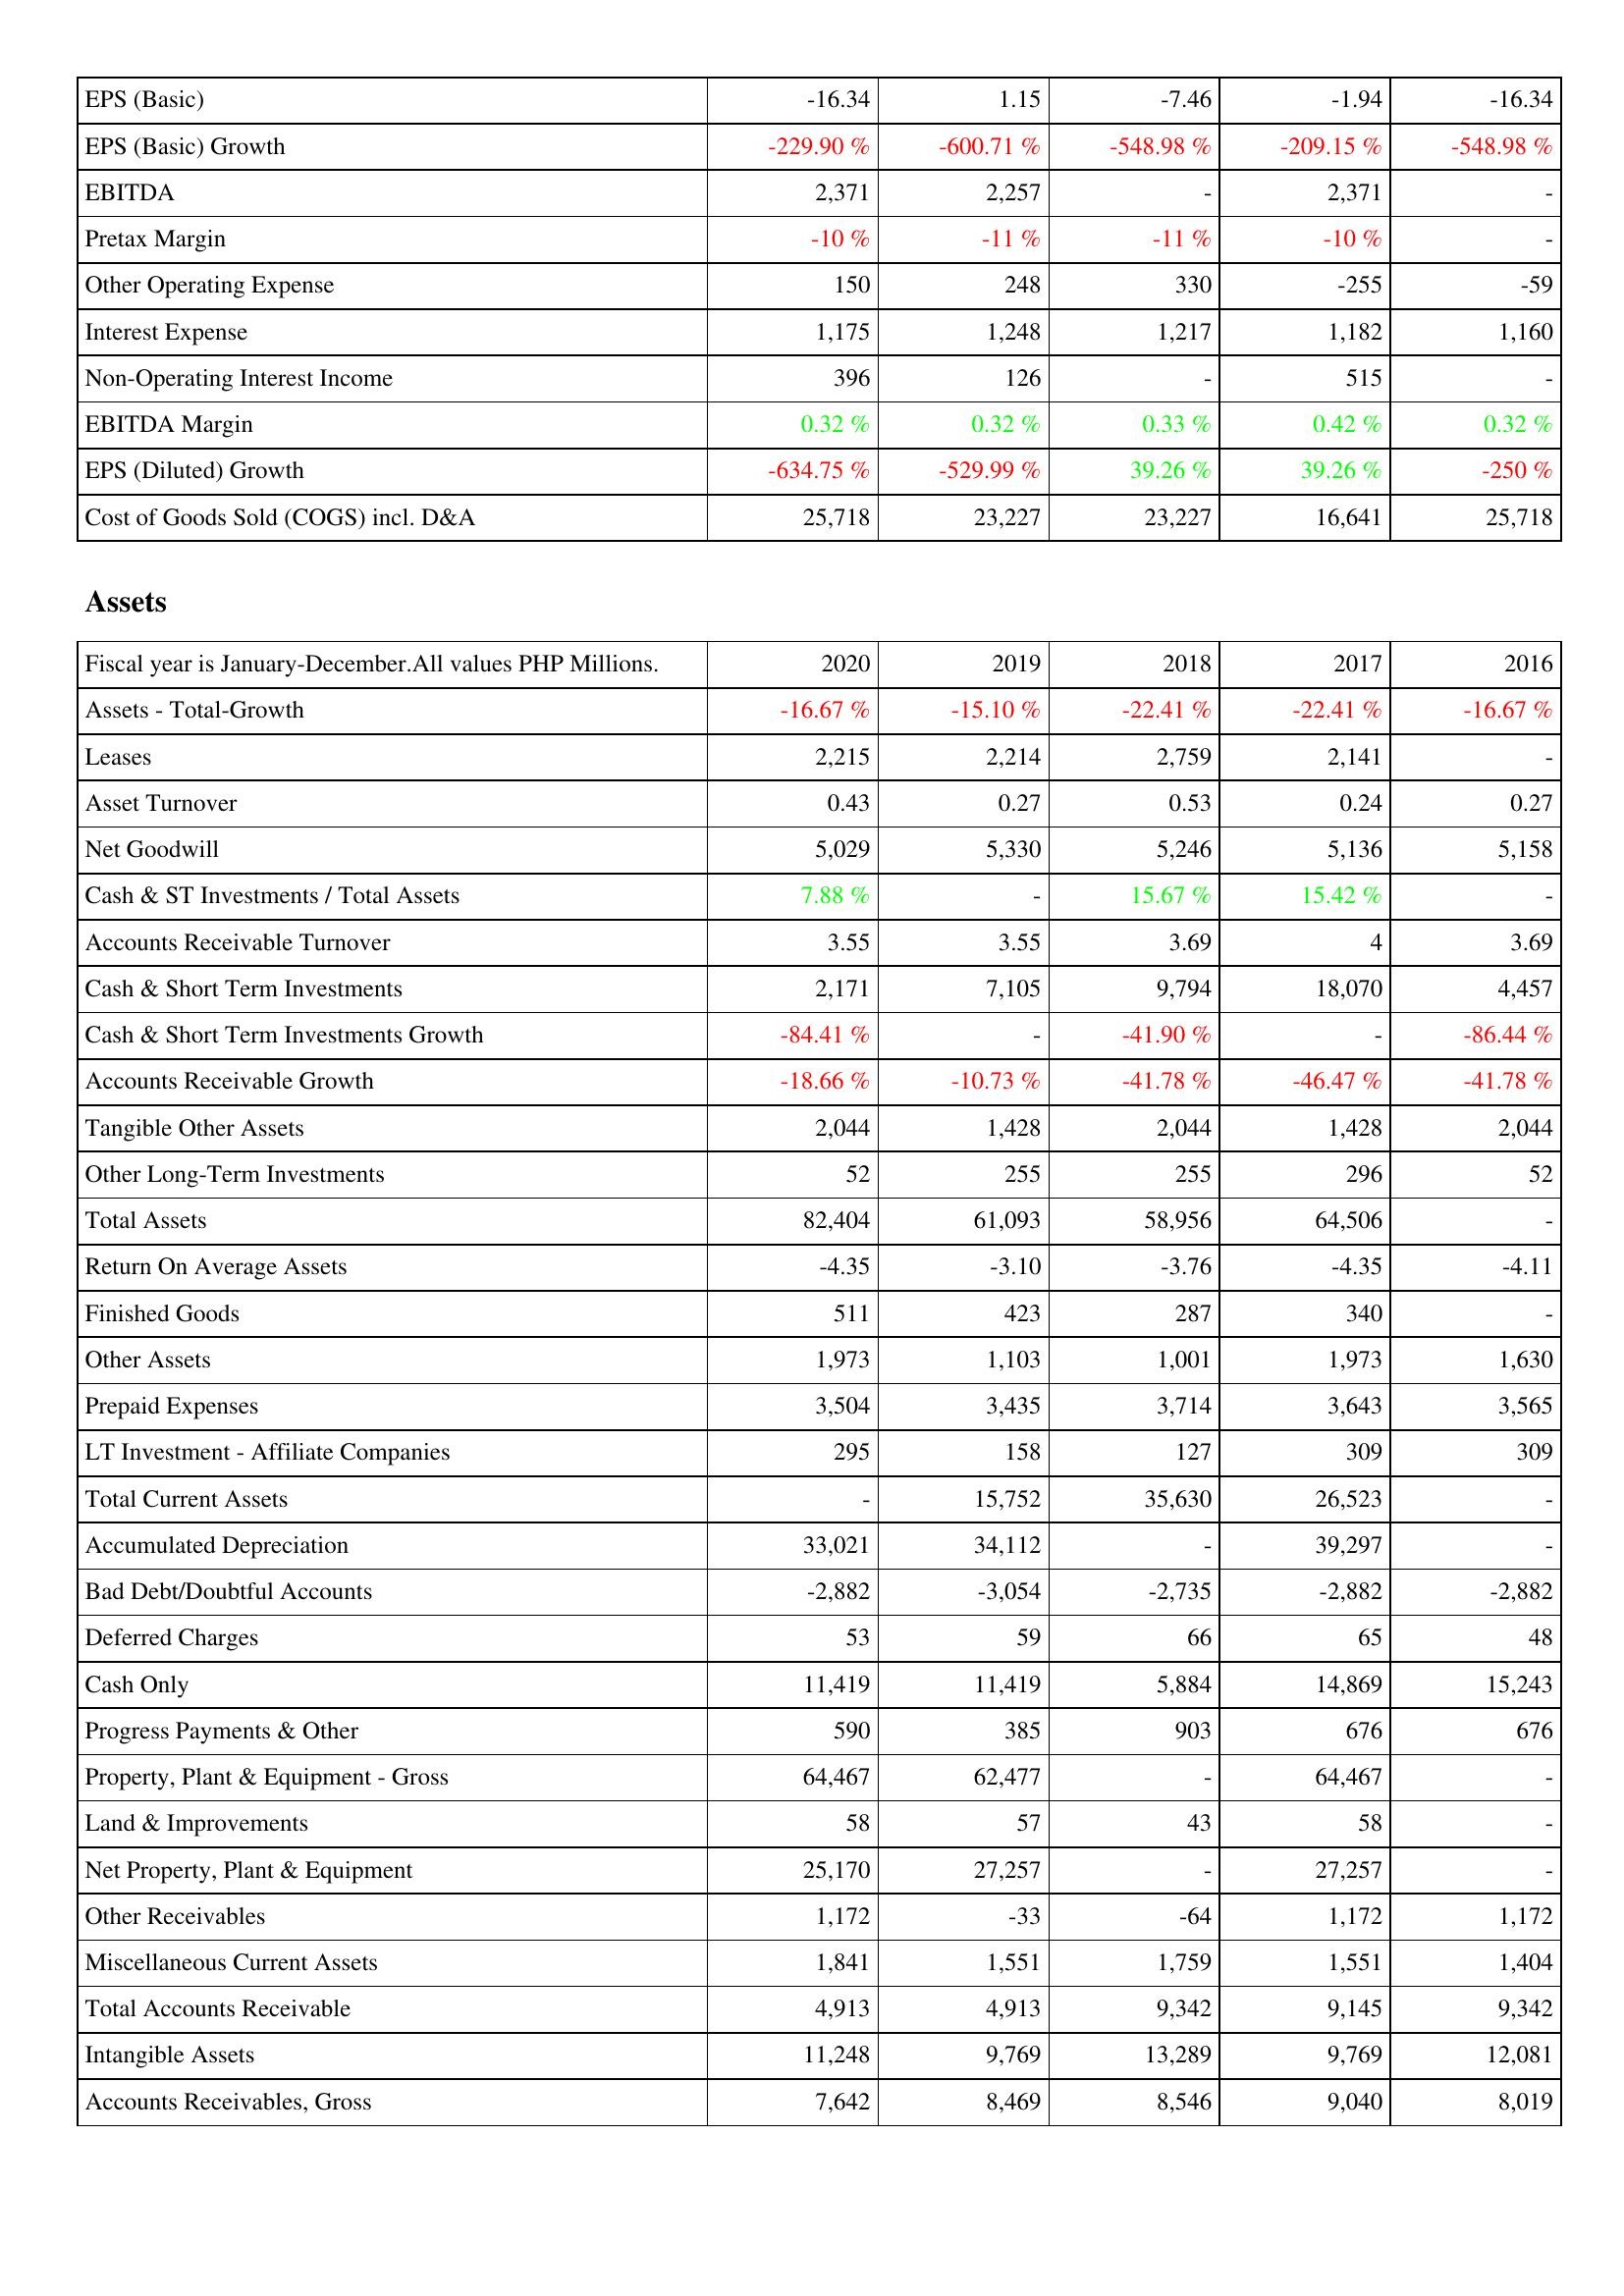
2020: Income Statement: EPS (Basic): -16.34
EPS (Basic) Growth: -229.90 %
EBITDA: 2,371
Pretax Margin: -10 %
Other Operating Expense: 150
Interest Expense: 1,175
Non-Operating Interest Income: 396
EBITDA Margin: 0.32 %
EPS (Diluted) Growth: -634.75 %
Cost of Goods Sold (COGS) incl. D&A: 25,718
Assets: Assets - Total-Growth: -16.67 %
Leases: 2,215
Asset Turnover: 0.43
Net Goodwill: 5,029
Cash & ST Investments / Total Assets: 7.88 %
Accounts Receivable Turnover: 3.55
Cash & Short Term Investments: 2,171
Cash & Short Term Investments Growth: -84.41 %
Accounts Receivable Growth: -18.66 %
Tangible Other Assets: 2,044
Other Long-Term Investments: 52
Total Assets: 82,404
Return On Average Assets: -4.35
Finished Goods: 511
Other Assets: 1,973
Prepaid Expenses: 3,504
LT Investment - Affiliate Companies: 295
Total Current Assets: -
Accumulated Depreciation: 33,021
Bad Debt/Doubtful Accounts: -2,882
Deferred Charges: 53
Cash Only: 11,419
Progress Payments & Other: 590
Property, Plant & Equipment - Gross: 64,467
Land & Improvements: 58
Net Property, Plant & Equipment: 25,170
Other Receivables: 1,172
Miscellaneous Current Assets: 1,841
Total Accounts Receivable: 4,913
Intangible Assets: 11,248
Accounts Receivables, Gross: 7,642
2019: Income Statement: EPS (Basic): 1.15
EPS (Basic) Growth: -600.71 %
EBITDA: 2,257
Pretax Margin: -11 %
Other Operating Expense: 248
Interest Expense: 1,248
Non-Operating Interest Income: 126
EBITDA Margin: 0.32 %
EPS (Diluted) Growth: -529.99 %
Cost of Goods Sold (COGS) incl. D&A: 23,227
Assets: Assets - Total-Growth: -15.10 %
Leases: 2,214
Asset Turnover: 0.27
Net Goodwill: 5,330
Cash & ST Investments / Total Assets: -
Accounts Receivable Turnover: 3.55
Cash & Short Term Investments: 7,105
Cash & Short Term Investments Growth: -
Accounts Receivable Growth: -10.73 %
Tangible Other Assets: 1,428
Other Long-Term Investments: 255
Total Assets: 61,093
Return On Average Assets: -3.10
Finished Goods: 423
Other Assets: 1,103
Prepaid Expenses: 3,435
LT Investment - Affiliate Companies: 158
Total Current Assets: 15,752
Accumulated Depreciation: 34,112
Bad Debt/Doubtful Accounts: -3,054
Deferred Charges: 59
Cash Only: 11,419
Progress Payments & Other: 385
Property, Plant & Equipment - Gross: 62,477
Land & Improvements: 57
Net Property, Plant & Equipment: 27,257
Other Receivables: -33
Miscellaneous Current Assets: 1,551
Total Accounts Receivable: 4,913
Intangible Assets: 9,769
Accounts Receivables, Gross: 8,469
2018: Income Statement: EPS (Basic): -7.46
EPS (Basic) Growth: -548.98 %
EBITDA: -
Pretax Margin: -11 %
Other Operating Expense: 330
Interest Expense: 1,217
Non-Operating Interest Income: -
EBITDA Margin: 0.33 %
EPS (Diluted) Growth: 39.26 %
Cost of Goods Sold (COGS) incl. D&A: 23,227
Assets: Assets - Total-Growth: -22.41 %
Leases: 2,759
Asset Turnover: 0.53
Net Goodwill: 5,246
Cash & ST Investments / Total Assets: 15.67 %
Accounts Receivable Turnover: 3.69
Cash & Short Term Investments: 9,794
Cash & Short Term Investments Growth: -41.90 %
Accounts Receivable Growth: -41.78 %
Tangible Other Assets: 2,044
Other Long-Term Investments: 255
Total Assets: 58,956
Return On Average Assets: -3.76
Finished Goods: 287
Other Assets: 1,001
Prepaid Expenses: 3,714
LT Investment - Affiliate Companies: 127
Total Current Assets: 35,630
Accumulated Depreciation: -
Bad Debt/Doubtful Accounts: -2,735
Deferred Charges: 66
Cash Only: 5,884
Progress Payments & Other: 903
Property, Plant & Equipment - Gross: -
Land & Improvements: 43
Net Property, Plant & Equipment: -
Other Receivables: -64
Miscellaneous Current Assets: 1,759
Total Accounts Receivable: 9,342
Intangible Assets: 13,289
Accounts Receivables, Gross: 8,546
2017: Income Statement: EPS (Basic): -1.94
EPS (Basic) Growth: -209.15 %
EBITDA: 2,371
Pretax Margin: -10 %
Other Operating Expense: -255
Interest Expense: 1,182
Non-Operating Interest Income: 515
EBITDA Margin: 0.42 %
EPS (Diluted) Growth: 39.26 %
Cost of Goods Sold (COGS) incl. D&A: 16,641
Assets: Assets - Total-Growth: -22.41 %
Leases: 2,141
Asset Turnover: 0.24
Net Goodwill: 5,136
Cash & ST Investments / Total Assets: 15.42 %
Accounts Receivable Turnover: 4
Cash & Short Term Investments: 18,070
Cash & Short Term Investments Growth: -
Accounts Receivable Growth: -46.47 %
Tangible Other Assets: 1,428
Other Long-Term Investments: 296
Total Assets: 64,506
Return On Average Assets: -4.35
Finished Goods: 340
Other Assets: 1,973
Prepaid Expenses: 3,643
LT Investment - Affiliate Companies: 309
Total Current Assets: 26,523
Accumulated Depreciation: 39,297
Bad Debt/Doubtful Accounts: -2,882
Deferred Charges: 65
Cash Only: 14,869
Progress Payments & Other: 676
Property, Plant & Equipment - Gross: 64,467
Land & Improvements: 58
Net Property, Plant & Equipment: 27,257
Other Receivables: 1,172
Miscellaneous Current Assets: 1,551
Total Accounts Receivable: 9,145
Intangible Assets: 9,769
Accounts Receivables, Gross: 9,040
2016: Income Statement: EPS (Basic): -16.34
EPS (Basic) Growth: -548.98 %
EBITDA: -
Pretax Margin: -
Other Operating Expense: -59
Interest Expense: 1,160
Non-Operating Interest Income: -
EBITDA Margin: 0.32 %
EPS (Diluted) Growth: -250 %
Cost of Goods Sold (COGS) incl. D&A: 25,718
Assets: Assets - Total-Growth: -16.67 %
Leases: -
Asset Turnover: 0.27
Net Goodwill: 5,158
Cash & ST Investments / Total Assets: -
Accounts Receivable Turnover: 3.69
Cash & Short Term Investments: 4,457
Cash & Short Term Investments Growth: -86.44 %
Accounts Receivable Growth: -41.78 %
Tangible Other Assets: 2,044
Other Long-Term Investments: 52
Total Assets: -
Return On Average Assets: -4.11
Finished Goods: -
Other Assets: 1,630
Prepaid Expenses: 3,565
LT Investment - Affiliate Companies: 309
Total Current Assets: -
Accumulated Depreciation: -
Bad Debt/Doubtful Accounts: -2,882
Deferred Charges: 48
Cash Only: 15,243
Progress Payments & Other: 676
Property, Plant & Equipment - Gross: -
Land & Improvements: -
Net Property, Plant & Equipment: -
Other Receivables: 1,172
Miscellaneous Current Assets: 1,404
Total Accounts Receivable: 9,342
Intangible Assets: 12,081
Accounts Receivables, Gross: 8,019